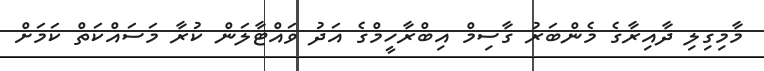
މާމިގިލި ދާއިރާގެ މެންބަރު ގާސިމް އިބްރާހީމްގެ އަދު ވައްޓާލަން ކުރާ މަސައްކަތް ކަމަށް